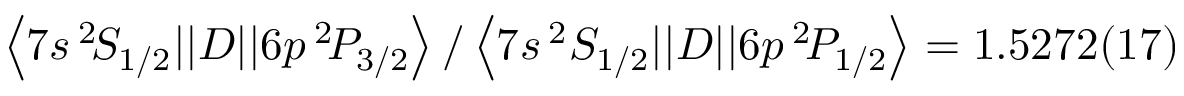
\left\langle 7 s \, ^ { 2 } \! S _ { 1 / 2 } | | D | | 6 p \, ^ { 2 } \! P _ { 3 / 2 } \right\rangle / \left\langle 7 s \, ^ { 2 } S _ { 1 / 2 } | | D | | 6 p \, ^ { 2 } \! P _ { 1 / 2 } \right\rangle = 1 . 5 2 7 2 ( 1 7 )